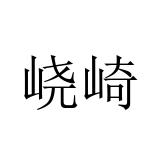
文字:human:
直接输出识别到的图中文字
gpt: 峣崎